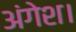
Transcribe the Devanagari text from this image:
अंगेश।